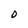
Character: D